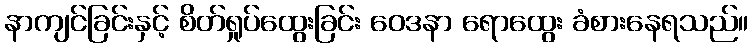
နာကျင်ခြင်းနှင့် စိတ်ရှုပ်ထွေးခြင်း ဝေဒနာ ရောထွေး ခံစားနေရသည်။